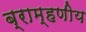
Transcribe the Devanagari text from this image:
ब्राम्हणीय